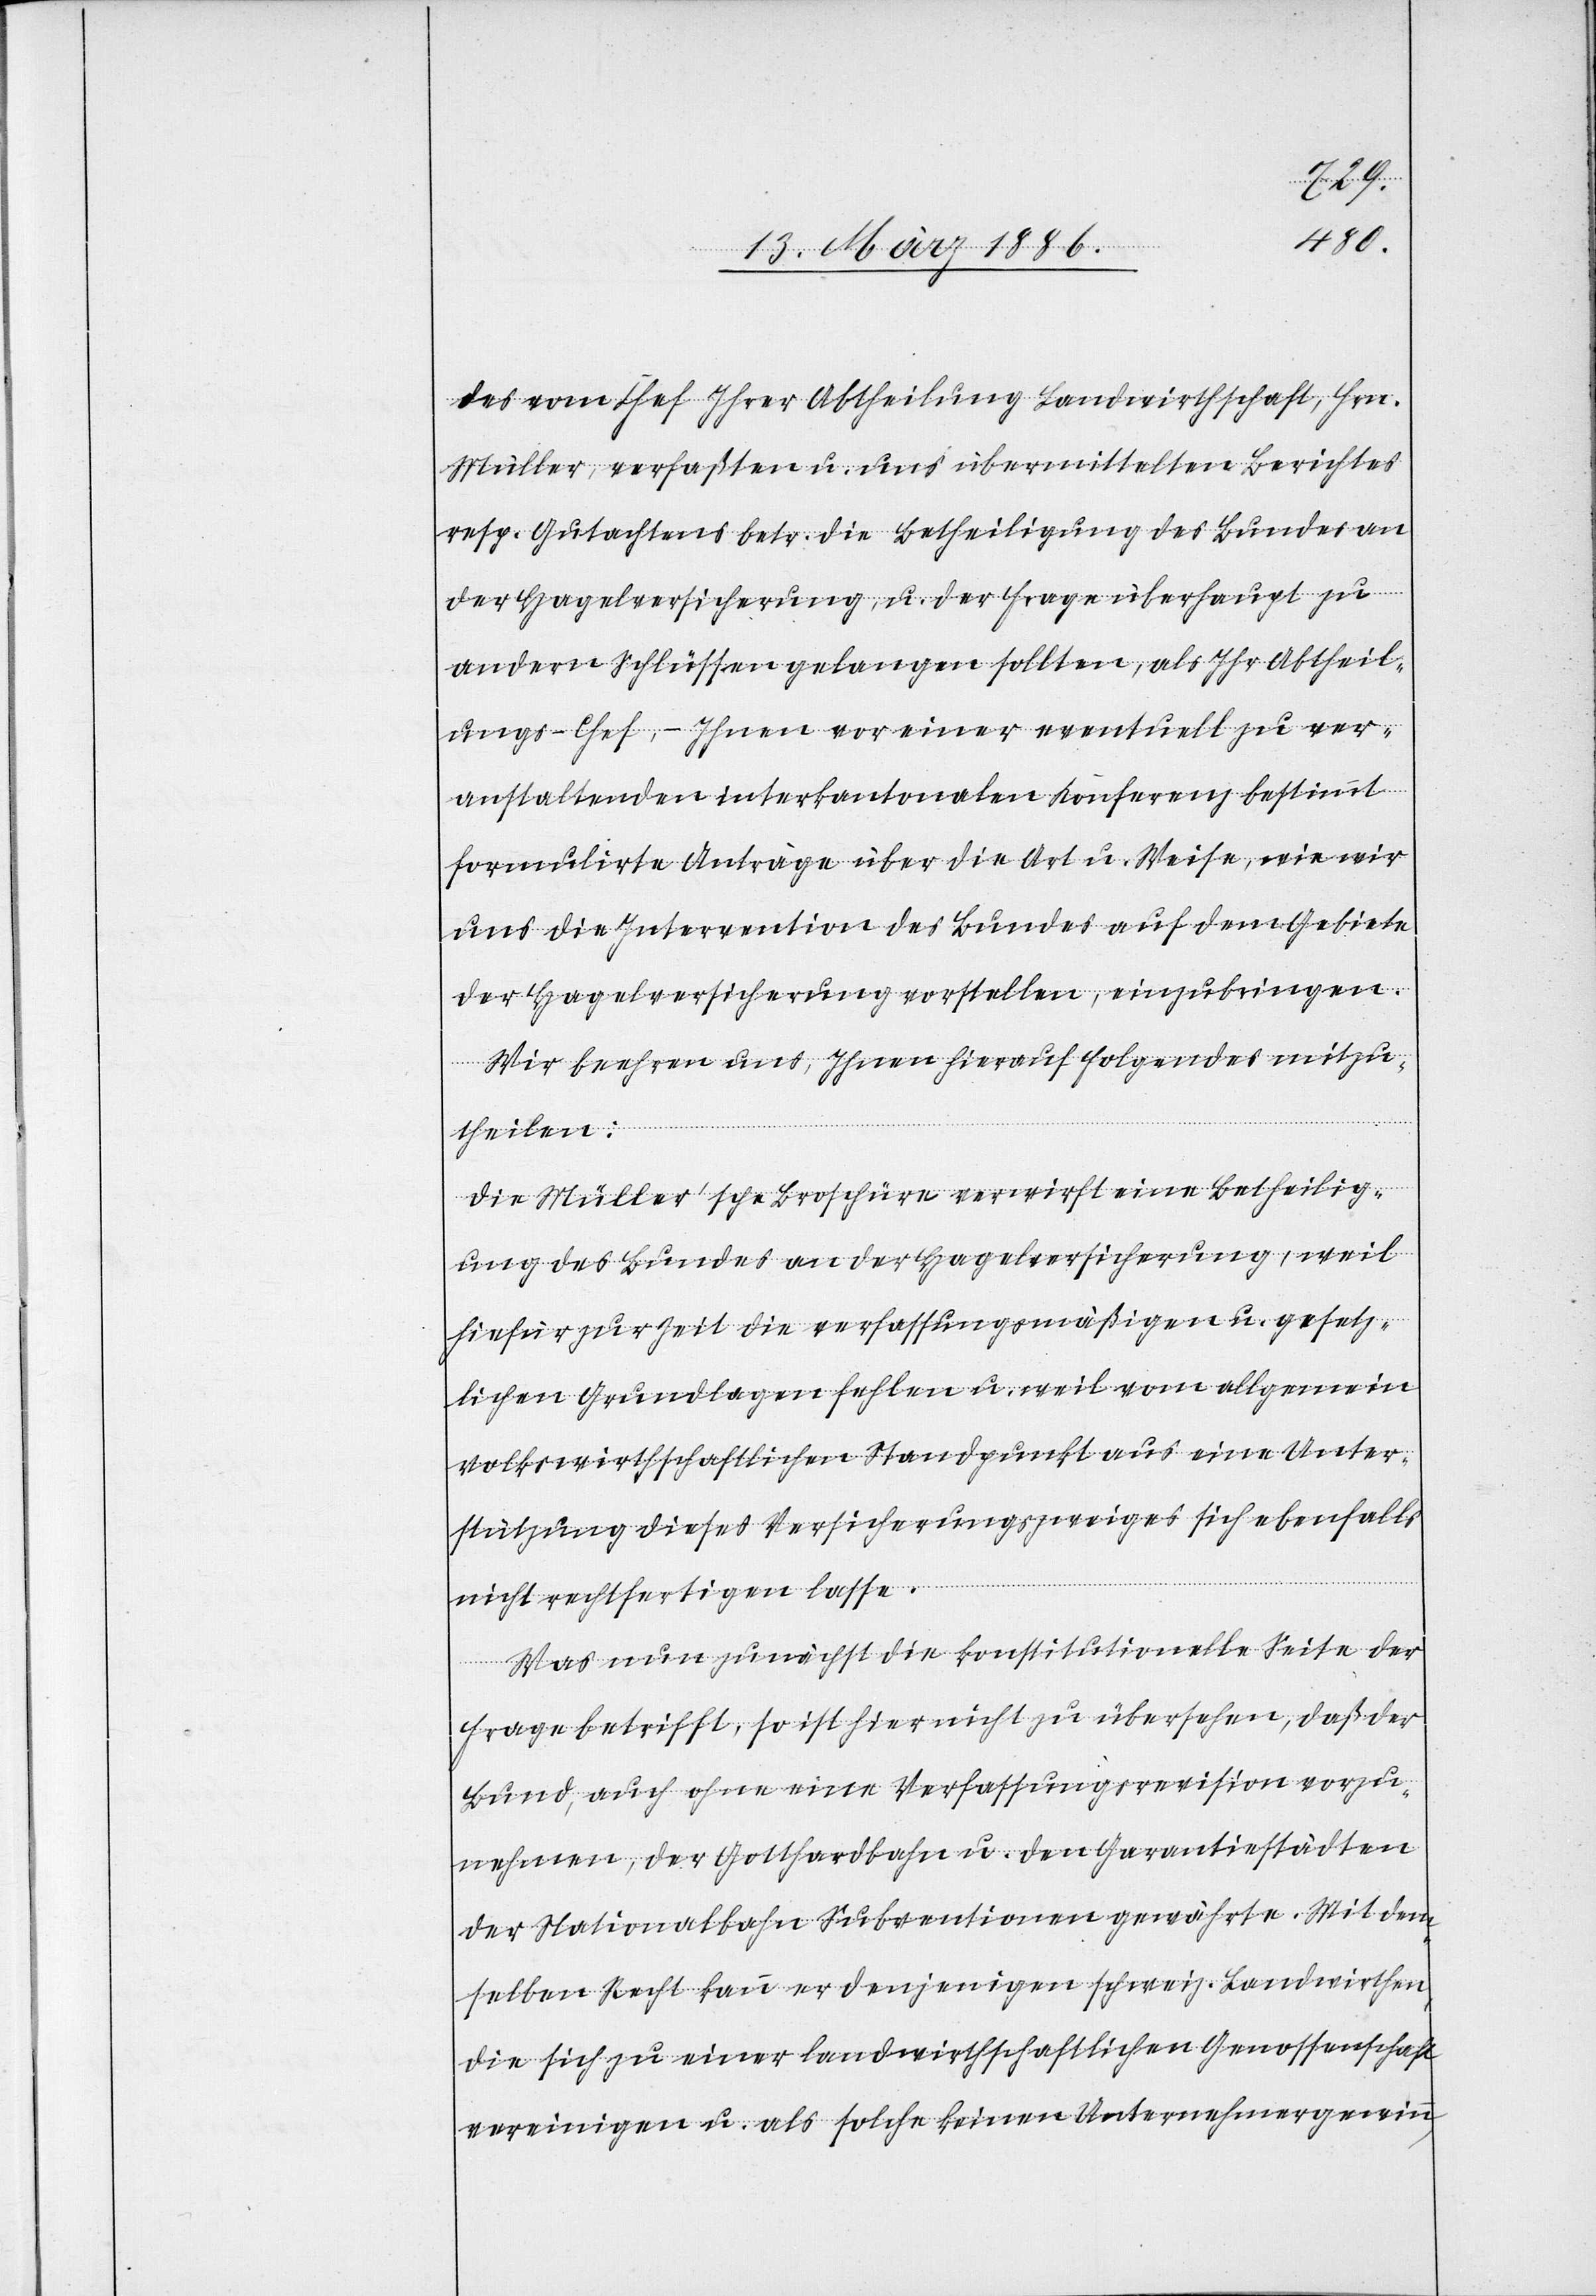
des vom Chef Ihrer Abtheilung Landwirthschaft, Hrn.
Müller, verfaßten u. uns übermittelten Berichtes
resp. Gutachtens betr. die Betheiligung des Bundes an
der Hagelversicherung, u. der Frage überhaupt zu
andern Schlüssen gelangen sollten, als Ihr Abtheil¬
ungs-Chef, – Ihnen vor einer eventuell zu ver¬
anstaltenden interkantonalen Konferenz bestimmt
formulirte Anträge über die Art u. Weise, wie wir
uns die Intervention des Bundes auf dem Gebiete
der Hagelversicherung vorstellen, einzubringen.
Wir beehren uns, Ihnen hierauf folgendes mitzu¬
theilen:
Die Müller’sche Broschüre verwirft eine Betheilig¬
ung des Bundes an der Hagelversicherung, weil
hiefür zur Zeit die verfassungsmäßigen u. gesetz¬
lichen Grundlagen fehlen u. weil vom allgemein
volkswirthschaftlichen Standpunkt aus eine Unter¬
stützung dieses Versicherungszweiges sich ebenfalls
nicht rechtfertigen lasse.
Was nun zunächst die konstitutionelle Seite der
Frage betrifft, so ist hier nicht zu übersehen, daß der
Bund, auch ohne eine Verfassungsrevision vorzu¬
nehmen, der Gotthardbahn u. den Garantiestädten
der Nationalbahn Subventionen gewährte. Mit dem¬
selben Recht kann er denjenigen schweiz. Landwirthen,
die sich zu einer landwirthschaftlichen Genossenschaft
vereinigen u. als solche keinen Unternehmergewinn